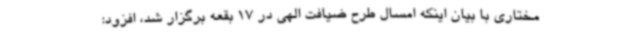
مختاری با بیان اینکه امسال طرح ضیافت الهی در 17 بقعه برگزار شد، افزود: